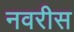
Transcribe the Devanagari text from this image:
नवरीस